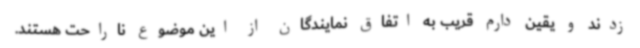
زدند و یقین دارم قریب به اتفاق نمایندگان از این موضوع ناراحت هستند.